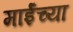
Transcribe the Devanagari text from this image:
माईंच्या